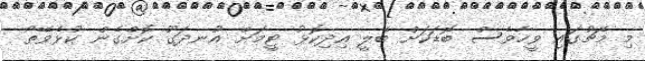
މި މެޗުގައި ވީހާވެސް ބޮޑަކަށް ބެލީ އިދިކޮޅު ޓީމަށް އުނދަގޫ ކޮށްގެން ކުޅެވޭތޯ